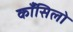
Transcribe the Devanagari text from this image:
काँसिलो